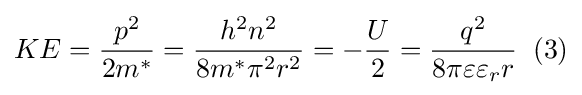
KE={\frac {p^{2}}{2m^{*}}}={\frac {h^{2}n^{2}}{8m^{*}\pi ^{2}r^{2}}}=-{\frac {U}{2}}={\frac {q^{2}}{8\pi \varepsilon \varepsilon _{r}r}}\;\;(3)